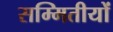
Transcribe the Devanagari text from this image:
सम्मितीयों